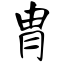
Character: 胄